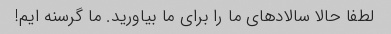
لطفا حالا سالادهای ما را برای ما بیاورید. ما گرسنه ایم!